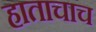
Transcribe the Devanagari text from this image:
हाताचाच